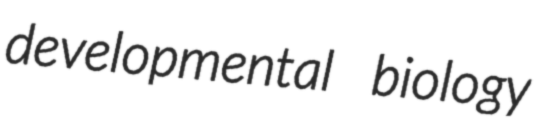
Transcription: developmental biology